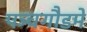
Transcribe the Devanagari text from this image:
पञ्चगौडमे